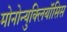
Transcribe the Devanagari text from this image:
मोनोन्युक्लियॉसिस